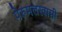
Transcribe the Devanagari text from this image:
पेरुमलस्वामी